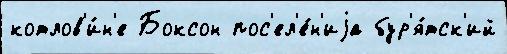
котлов'и́н'е Боксон пос'ел'е́н'иjа бур'я́тск'ий